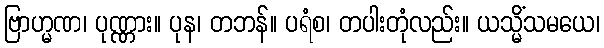
ဗြာဟ္မဏ၊ ပုဏ္ဏား။ ပုန၊ တဘန်။ ပရံစ၊ တပါးတုံလည်း။ ယသ္မိံသမယေ၊